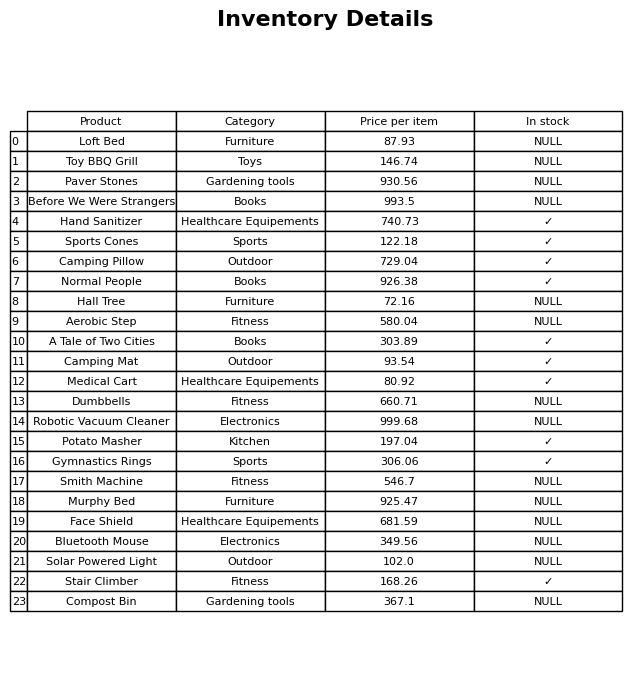
question: What is the price for Toy BBQ Grill?
answer: The price of Toy BBQ Grill is 146.74.